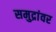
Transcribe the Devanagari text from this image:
समुद्रांवर